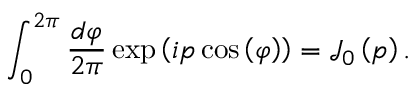
\int _ { 0 } ^ { 2 \pi } { \frac { d \varphi } { 2 \pi } } \exp \left( i p \cos \left( \varphi \right) \right) = { \mathcal { J } } _ { 0 } \left( p \right) .